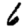
Digit: 6